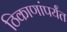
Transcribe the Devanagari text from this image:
ठिकाणांपर्यंत